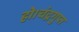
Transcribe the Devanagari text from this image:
हो।चंद्रगुप्त